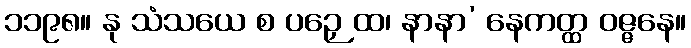
၁၁၉၈။ နု သံသယေ စ ပဉှေ ထ၊ နာနာ’ နေကတ္ထ ဝဇ္ဇနေ။